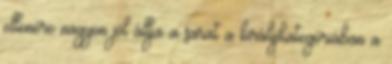
ellenére nagyon jól állja a sarat a királykategóriában a